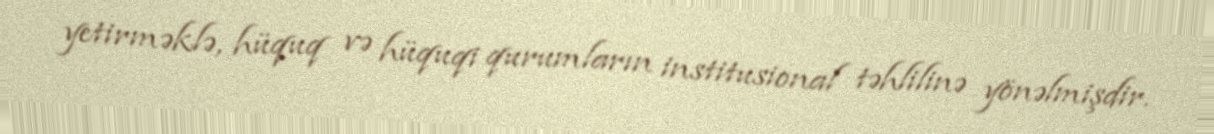
yetirməklə, hüquq və hüquqi qurumların institusional təhlilinə yönəlmişdir.